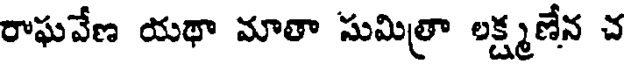
రాఘవేణ యథా మాతా సుమిత్రా లక్ష్మణేన చ